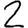
Digit: 2